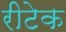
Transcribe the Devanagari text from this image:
रीटेक